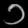
Digit: ၁